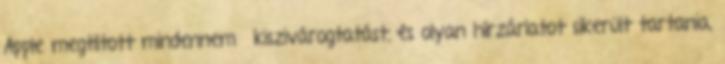
Apple megtiltott mindennemű kiszivárogtatást, és olyan hírzárlatot sikerült tartania,